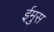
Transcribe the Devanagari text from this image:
ईमुस